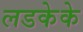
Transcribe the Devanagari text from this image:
लडकेके